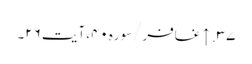
۳۷. ↑ غافر/سوره۴۰، آیت ۲۶۔